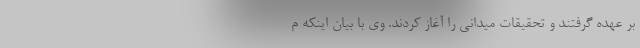
بر عهده گرفتند و تحقیقات میدانی را آغاز کردند. وی با بیان اینکه م